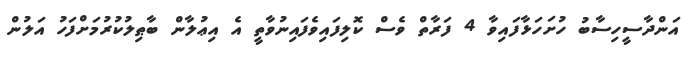
އަންދާސީހިސާބު ހުށަހަޅާފައިވާ 4 ފަރާތް ވެސް ކޮލިފައިވެފައިނުވާތީ އެ އިޢުލާން ބާޠިލުކުރުމަށްފަހު އަލުން